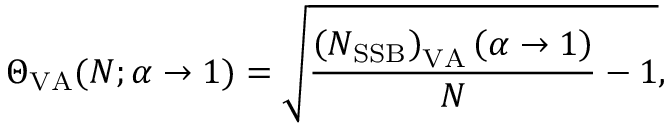
\Theta _ { \mathrm { V A } } ( N ; \alpha \rightarrow 1 ) = \sqrt { \frac { \left( N _ { \mathrm { S S B } } \right) _ { \mathrm { V A } } \left( \alpha \rightarrow 1 \right) } { N } - 1 } ,